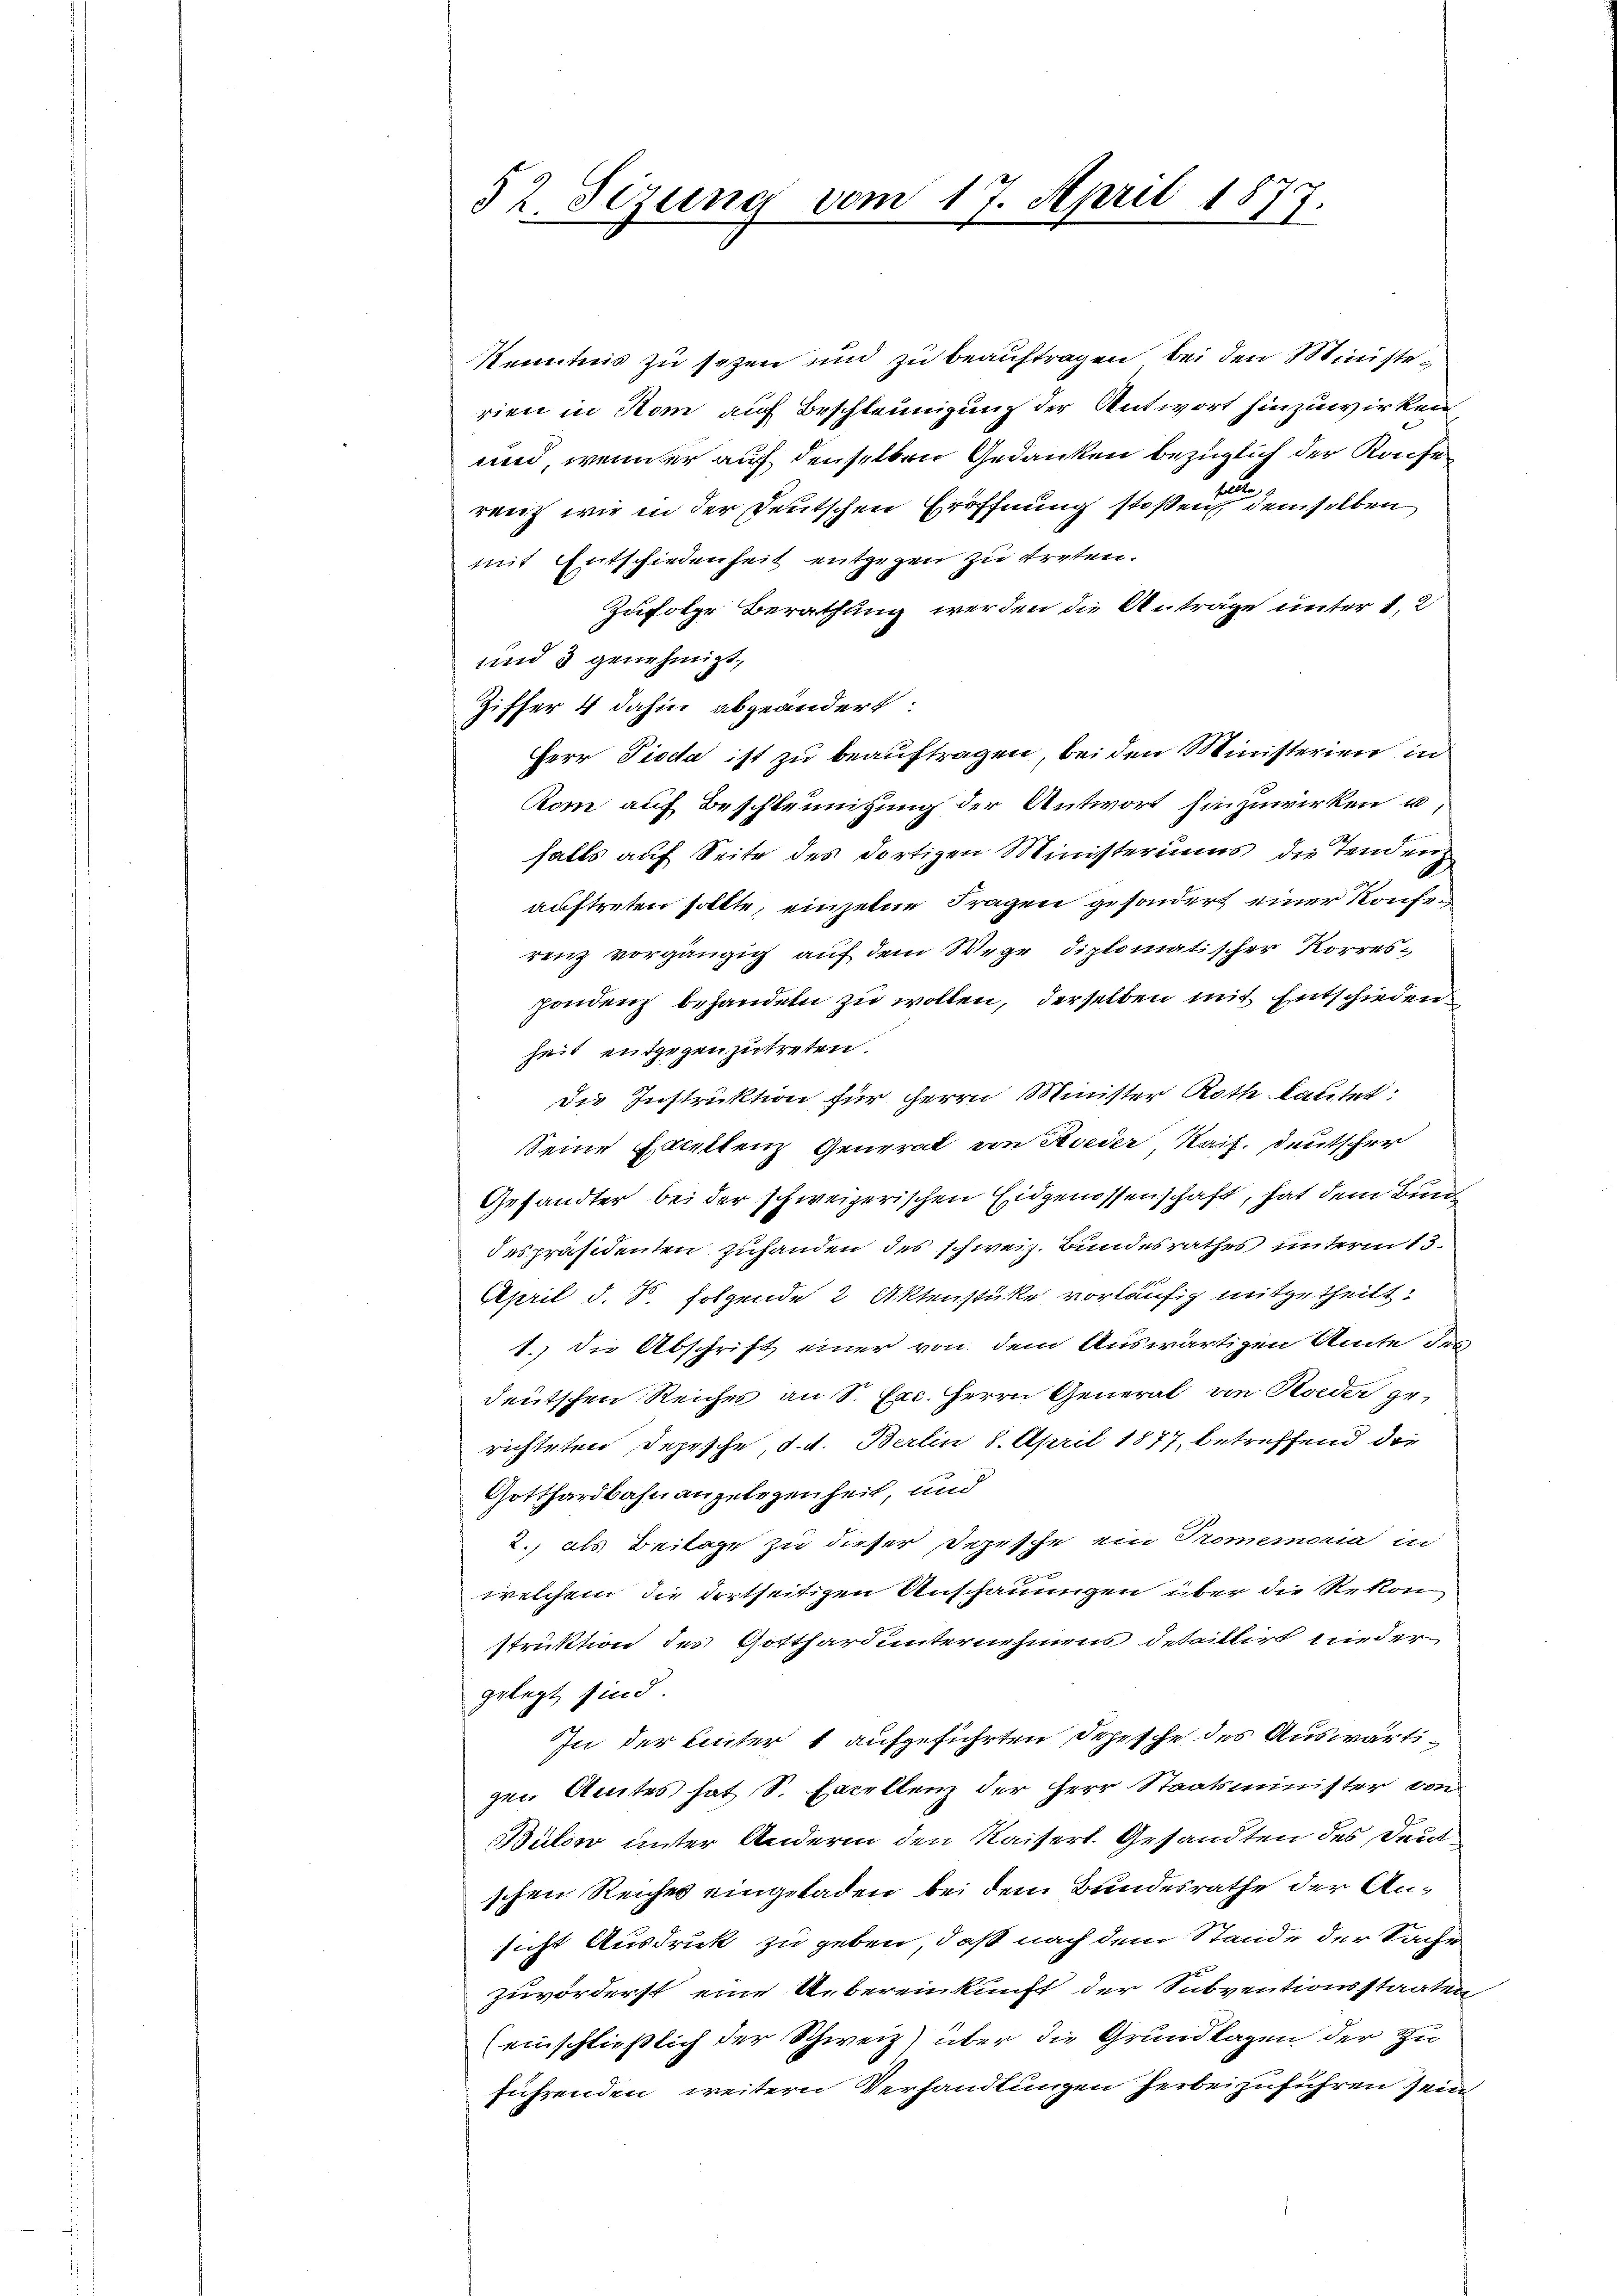
52. Sezung vom 17. April 1877.

Kenntnis zu sezen und zu beauftragen, bei den Ministerien in Rom auf Beschleunigung der Antwort hinzuwirken
und, wenn er auf denselben Gedanken bezüglich der Konfer
renz wir in der Deutschen Eröffnung stoßen demselben
mit Entschiedenheit entgegen zu treten.
Zufolge Berathung werden die Anträge unter 1, 2
und 3 genehmigt,
Ziffer 4 dahin abgeändert:
Herr Tiecta ist zu beauftragen, bei den Ministerien in
Kom auf Beschleunigung der Antwort hinzuwirken u.
falls auf Seite des dortigen Ministeriums die Tendenz
auftreten sollte, einzelne Fragen gesondert einer Konferenz vorgängig auf dem Wege diplomatischer Korrespondenz behandeln zu wollen, derselben mit Entschieden
heit entgegenzutreten.
Die Instruktion für Herrn Minister Roth lautet:
Seine Excellenz Generat von Rieder Kais. Deutscher
Gesandter bei der schweizerischen Eidgenossenschaft, hat dem Bund
despräsidenten zuhanden des schweiz. Bundesrathes unterm 13.
April d. S. folgende 2 Aktenstücke vorläufig mitgetheilt.
1. die Abschrift einer von dem Auswärtigen Amte des
deutschen Reiches an Sr. Exc. Herrn General von Reder gerichteten Depesche, d. d. Berlin 8. April 1877, betreffend die
Gotthardbahnangelegenheit, und
2., als Beilage zu dieser Depesche ein Promemoria in
x
welchem die dortseitigen Anschauungen über die Rekon
struktion des Gotthard unternehmens detaillirt nieder
gelegt sind.
In der Einter 1 aufgeführten Schische des Auswärtigen Amtes hat S. Excellenz der Herr Staatsminister von
Bülow unter Andern den Kaiserl. Gesandten des Deut
schen Reiches eingeladen bei dem Bundesrathe der Ansicht Ausdruck zu geben, daß nach dem Stande der Sache
zuvörderst eine Uebereinkunft der Subventionsstaaten
(einschließlich der Schweiz) über die Grundlagen der zu
führenden weitern Verhandlungen herbeizuführen sein